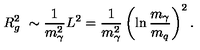
R _ { g } ^ { 2 } \ \sim \frac { 1 } { m _ { \gamma } ^ { 2 } } L ^ { 2 } = \frac { 1 } { m _ { \gamma } ^ { 2 } } \left( \ln \frac { m _ { \gamma } } { m _ { q } } \right) ^ { 2 } .